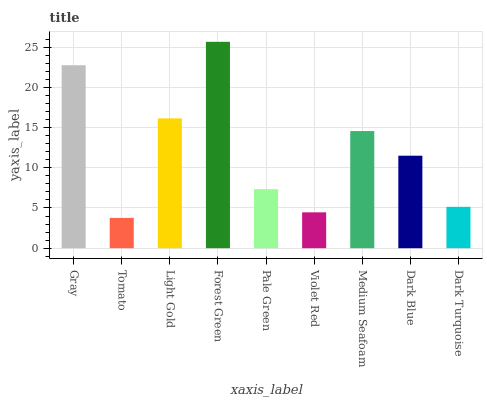
| xaxis_label | bars |
 | --- | --- |
 | Gray | 22.7 |
 | Tomato | 3.77 |
 | Light Gold | 16.1 |
 | Forest Green | 25.7 |
 | Pale Green | 7.34 |
 | Violet Red | 4.46 |
 | Medium Seafoam | 14.6 |
 | Dark Blue | 11.5 |
 | Dark Turquoise | 5.14 |